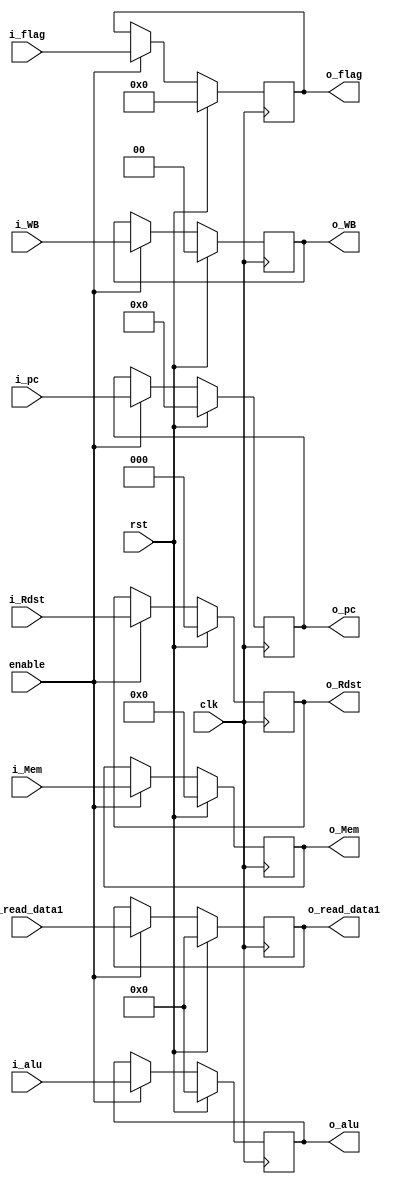
module alu_mem_buff     
    #( parameter    
        WbSize  = 2,
        MemSize = 9, 
        flagSize =4
    )(
    input rst,
    input clk,enable,
    input [MemSize-1:0] i_Mem,
    input [WbSize-1 :0] i_WB, 
    input [31:0] i_pc  ,
    input [2: 0] i_Rdst,
    input [15:0] i_alu , i_read_data1 ,
    input [flagSize-1:0] i_flag ,

    output reg [WbSize-1 :0] o_WB, 
    output reg [MemSize-1:0] o_Mem,
    output reg [31:0] o_pc  ,
    output reg [2:0 ] o_Rdst,
    output reg [15:0] o_alu , o_read_data1,
    output reg [flagSize-1:0] o_flag  
);
    always @(negedge clk) begin
         if(rst == 1'b1) begin
             o_WB <=         0;
             o_Mem <=        0;
             o_pc<=          0;
             o_read_data1<=  0;
             o_Rdst<=        0;
             o_alu<=         0;
             o_flag<=        0;
        end
        else if(enable == 1'b1) begin
            o_WB <=        i_WB;
            o_Mem <=       i_Mem;
            o_pc<=         i_pc;
            o_read_data1<= i_read_data1;
            o_Rdst<=       i_Rdst;
            o_alu<=        i_alu;
            o_flag<=       i_flag;
        end
    end
endmodule